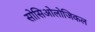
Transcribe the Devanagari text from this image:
सोसिओलोजिकल